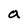
Character: a